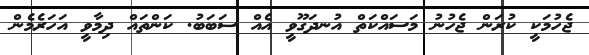
ޖެހުމަކީ ކުރަން ޖެހުނު މަސައްކަތް އުނދަގޫވީ އެއް ސަބަބު. ކަންތައް ދިމާވީ އަހަރެމެން